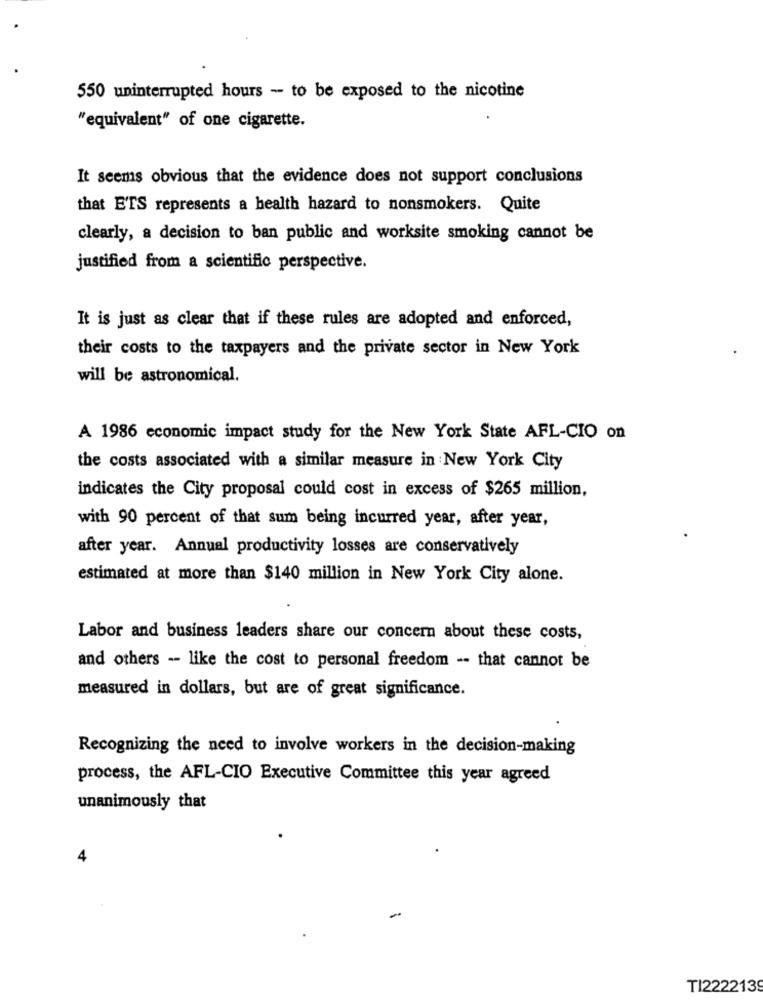
550 uninterrupted hours - to be exposed to the nicotine
"equivalent" of one cigarette.
It seems obvious that the evidence does not support conclusions
that ETS represents a health hazard to nonsmokers. Quite
clearly, a decision to ban public and worksite smoking cannot be
justified from a scientific perspective.
It is just as clear that if these rules are adopted and enforced,
their costs to the taxpayers and the private sector in New York
will be astronomical.
A 1986 economic impact study for the New York State AFL-CIO on
the costs associated with a similar measure in New York City
indicates the City proposal could cost in excess of $265 million,
with 90 percent of that sum being incurred year, after year,
after year. Annual productivity losses are conservatively
estimated at more than $140 million in New York City alone.
Labor and business leaders share our concern about these costs,
and others - like the cost to personal freedom -- that cannot be
measured in dollars, but are of great significance.
Recognizing the need to involve workers in the decision-making
process, the AFL-CIO Executive Committee this year agreed
unanimously that
4
TI2222139